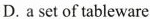
D.a set of tableware